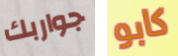
جواربك كابو